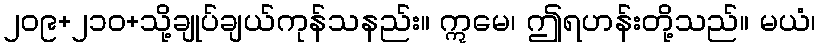
၂၀၉+၂၁၀+သို့ချုပ်ချယ်ကုန်သနည်း။ ဣမေ၊ ဤရဟန်းတို့သည်။ မယံ၊